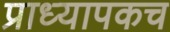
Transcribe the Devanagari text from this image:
प्राध्यापकच